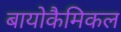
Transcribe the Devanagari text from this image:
बायोकैमिकल